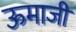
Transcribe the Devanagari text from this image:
ऊमाजी